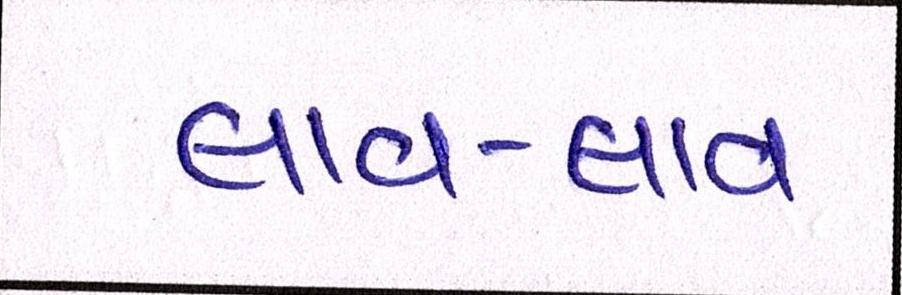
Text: લાવ-લાવ